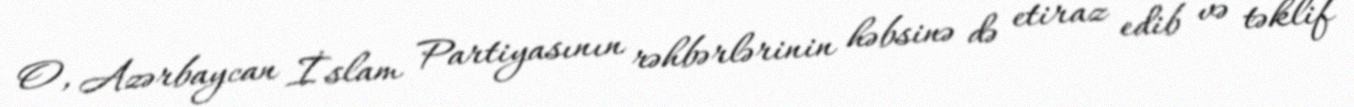
O, Azərbaycan İslam Partiyasının rəhbərlərinin həbsinə də etiraz edib və təklif